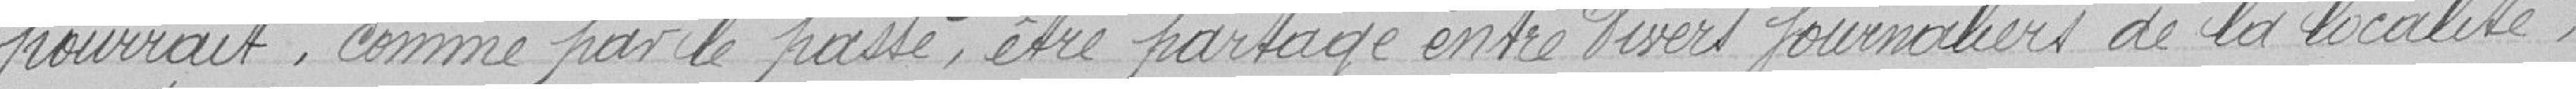
pourrait, comme par le passé, être partagé entre divers journaliers de la localité.